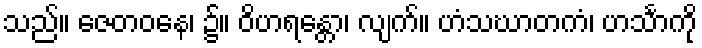
သည်။ ဇေတဝနေ၊ ၌။ ဝိဟရန္တော၊ လျက်။ ဟံသဃာတကံ၊ ဟင်္သာကို